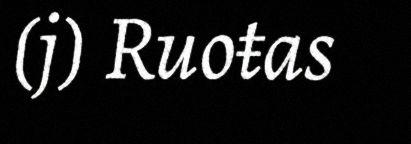
(j) Ruoŧas